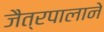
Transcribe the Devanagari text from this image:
जैत्रपालाने